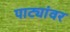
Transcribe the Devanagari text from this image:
पाट्यांवर